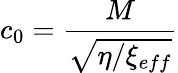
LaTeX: c_{0}=\frac{M}{\sqrt{\eta/\xi_{eff}}}